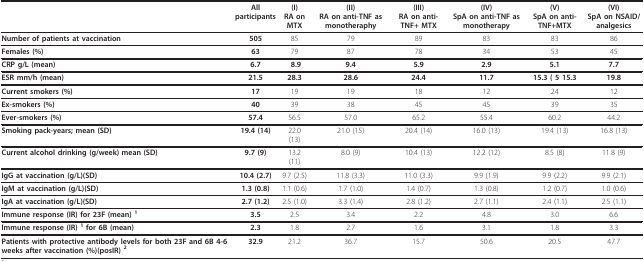
<table><thead><tr><td></td><td><b>All participants</b></td><td><b>(I)RA on MTX</b></td><td><b>(II)RA on anti-TNF as monotheraphy</b></td><td><b>(III)RA on anti-TNF+ MTX</b></td><td><b>(IV)SpA on anti-TNF as monotherapy</b></td><td><b>(V)SpA on anti-TNF+MTX</b></td><td><b>(VI)SpA on NSAID/analgesics</b></td></tr></thead><tbody><tr><td><b>Number of patients at vaccination</b></td><td><b>505</b></td><td>85</td><td>79</td><td>89</td><td>83</td><td>83</td><td>86</td></tr><tr><td><b>Females (%)</b></td><td><b>63</b></td><td>79</td><td>87</td><td>78</td><td>34</td><td>53</td><td>45</td></tr><tr><td><b>CRP g/L (mean)</b></td><td><b>6.7</b></td><td><b> 8.9</b></td><td><b>9.4</b></td><td><b>5.9</b></td><td><b>2.9</b></td><td><b>5.1</b></td><td><b>7.7</b></td></tr><tr><td><b>ESR mm/h (mean)</b></td><td><b>21.5</b></td><td><b>28.3</b></td><td><b>28.6</b></td><td><b>24.4</b></td><td><b>11.7</b></td><td><b>15.3 ( 5 15.3</b></td><td><b>19.8</b></td></tr><tr><td><b>Current smokers (%)</b></td><td><b>17</b></td><td>19</td><td>19</td><td>18</td><td>12</td><td>24</td><td>12</td></tr><tr><td><b>Ex-smokers (%)</b></td><td><b>40</b></td><td>39</td><td>38</td><td>45</td><td>45</td><td>39</td><td>35</td></tr><tr><td><b>Ever-smokers (%)</b></td><td><b>57.4</b></td><td>56.5</td><td>57.0</td><td>65.2</td><td>55.4</td><td>60.2</td><td>44.2</td></tr><tr><td><b>Smoking pack-years; mean (SD)</b></td><td><b>19.4 (14)</b></td><td>22.0 (13)</td><td>21.0 (15)</td><td>20.4 (14)</td><td>16.0 (13)</td><td>19.4 (13)</td><td>16.8 (13)</td></tr><tr><td><b>Current alcohol drinking (g/week) mean (SD)</b></td><td><b>9.7 (9)</b></td><td>13.2 (11)</td><td>8.0 (9)</td><td>10.4 (13)</td><td>12.2 (12)</td><td>8.5 (8)</td><td>11.8 (9)</td></tr><tr><td><b>IgG at vaccination (g/L)(SD)</b></td><td><b>10.4 (2.7)</b></td><td>9.7 (2.5)</td><td>11.8 (3.3)</td><td>11.0 (3.3)</td><td>9.9 (1.9)</td><td>9.9 (2.2)</td><td>9.9 (2.1)</td></tr><tr><td><b>IgM at vaccination (g/L)(SD)</b></td><td><b>1.3 (0.8)</b></td><td>1.1 (0.6)</td><td>1.7 (1.0)</td><td>1.4 (0.7)</td><td>1.3 (0.8)</td><td>1.2 (0.7)</td><td>1.0 (0.6)</td></tr><tr><td><b>IgA at vaccination (g/L)(SD)</b></td><td><b>2.7 (1.2)</b></td><td>2.5 (1.0)</td><td>3.3 (1.4)</td><td>2.8 (1.2)</td><td>2.7 (1.1)</td><td>2.4 (1.1)</td><td>2.5 (1.1)</td></tr><tr><td><b>Immune response (IR) for 23F (mean) <sup>1</sup></b></td><td><b>3.5</b></td><td>2.5</td><td>3.4</td><td>2.2</td><td>4.8</td><td>3.0</td><td>6.6</td></tr><tr><td><b>Immune response (IR) <sup>1 </sup>for 6B (mean)</b></td><td><b>2.3</b></td><td>1.8</td><td>2.7</td><td>1.6</td><td>3.1</td><td>1.8</td><td>3.3</td></tr><tr><td><b>Patients with protective antibody levels for both 23F and 6B 4-6 weeks after vaccination (%)(posIR) <sup>2</sup></b></td><td><b>32.9</b></td><td>21.2</td><td>36.7</td><td>15.7</td><td>50.6</td><td>20.5</td><td>47.7</td></tr></tbody></table>